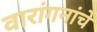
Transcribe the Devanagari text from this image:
वारांगनांचे